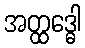
အတ္ထဒ္ဓေါ